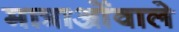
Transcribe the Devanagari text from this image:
मात्राओंवाले